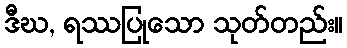
ဒီဃ, ရဿပြုသော သုတ်တည်း။